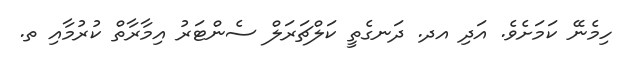
ހިމެނޭ ކަމަށެވެ. އަދި އދ. ދަނގެތީ ކަލްޗަރަލް ސެންޓަރު އިމާރާތް ކުރުމާއި ތ.